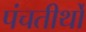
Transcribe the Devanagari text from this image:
पंचतीर्थों